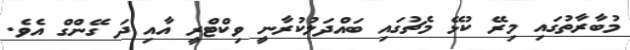
މުބާރާތުގައި މިރޭ ކުޅޭ މެޗުގައި ބައްދަލުކުރާނީ ވިކްޓްރީ އާއި ދަ ގޭންގް އެވެ.